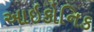
આઇકોનિક